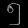
Digit: ၅